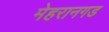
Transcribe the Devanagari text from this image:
मेहरानगड